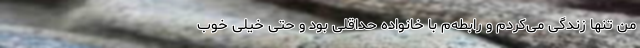
من تنها زندگی می‌کردم و رابطه‌م با خانواده حداقلی بود و حتی خیلی خوب